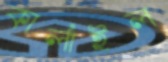
কার্লাইল